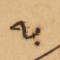
به